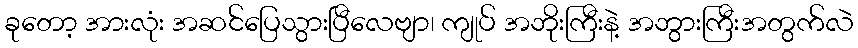
ခုတော့ အားလုံး အဆင်ပြေသွားပြီလေဗျာ၊ ကျုပ် အဘိုးကြီးနဲ့ အဘွားကြီးအတွက်လဲ